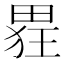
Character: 𮵂